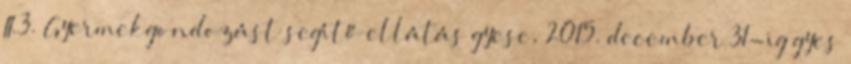
II.3. Gyermekgondozást segítő ellátás gyese, 2015. december 31-ig gyes